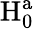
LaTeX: \mathrm{H}_{\mathrm{0}}^{\mathrm{a}}